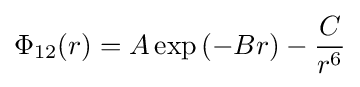
\Phi _{12}(r)=A\exp \left(-Br\right)-{\frac {C}{r^{6}}}